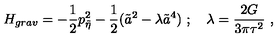
H _ { g r a v } = - { \frac { 1 } { 2 } } p _ { \tilde { \eta } } ^ { 2 } - { \frac { 1 } { 2 } } ( \tilde { a } ^ { 2 } - \lambda \tilde { a } ^ { 4 } ) \ ; \quad \lambda = { \frac { 2 G } { 3 \pi \tau ^ { 2 } } } \ ,